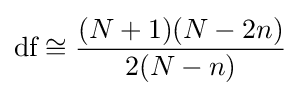
{\text{df}}\cong {\frac {(N+1)(N-2n)}{2(N-n)}}